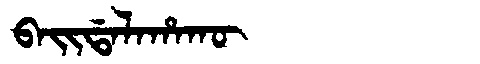
Manchu: ᠪᠠᡳᡩᠠᠯᠠᡥᠠᡴᡡ
Romanization: BAIDALAHAKŪ